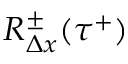
R _ { \Delta x } ^ { \pm } ( \tau ^ { + } )